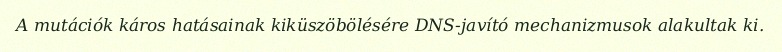
A mutációk káros hatásainak kiküszöbölésére DNS-javító mechanizmusok alakultak ki.